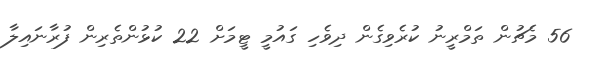
56 މެޗުން ތަމްރީނު ކުރެވިގެން ދިވެހި ގައުމީ ޓީމަށް 22 ކުޅުންތެރިން ފުރާނައިލާ